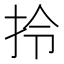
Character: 拎